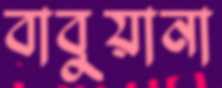
বাবুয়ানা